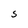
Character: S